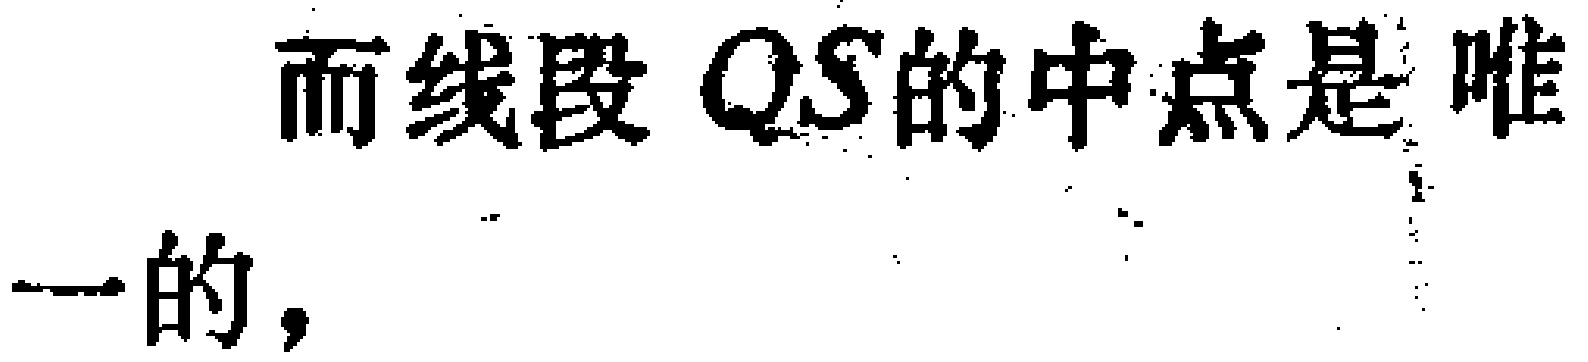
而线段 \(QS\)的中点是唯一的，